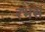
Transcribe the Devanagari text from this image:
रभस